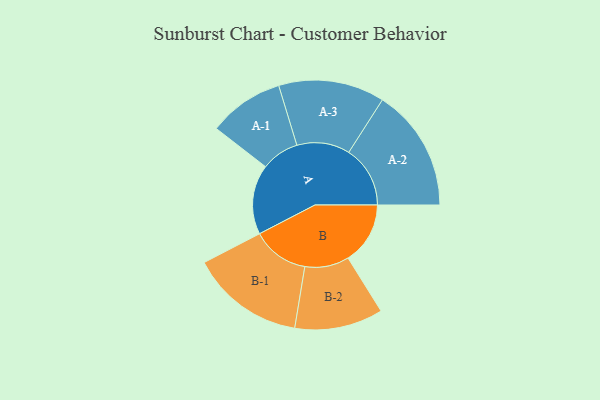
{"axis": {"x": "Segment", "y": "Value"}, "legend": ["", "A", "B"], "data": [{"x": "A", "y": 284, "type": ""}, {"x": "B", "y": 253, "type": ""}, {"x": "A-1", "y": 154, "type": "A"}, {"x": "A-2", "y": 250, "type": "A"}, {"x": "A-3", "y": 216, "type": "A"}, {"x": "B-1", "y": 232, "type": "B"}, {"x": "B-2", "y": 180, "type": "B"}]}